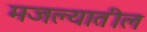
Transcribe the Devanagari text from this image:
मजल्यातील